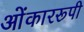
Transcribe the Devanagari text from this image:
ओंकाररूपी